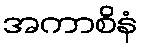
အကာစိနံ